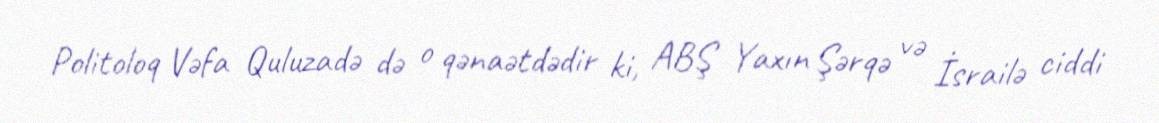
Politoloq Vəfa Quluzadə də o qənaətdədir ki, ABŞ Yaxın Şərqə və İsrailə ciddi